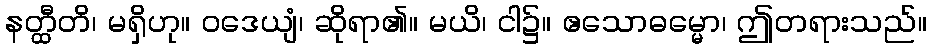
နတ္ထီတိ၊ မရှိဟု။ ဝဒေယျံ၊ ဆိုရာ၏။ မယိ၊ ငါ၌။ ဧသောဓမ္မော၊ ဤတရားသည်။